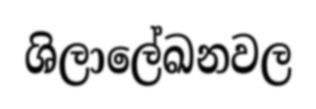
ශිලාලේඛනවල